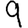
Digit: 9